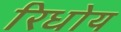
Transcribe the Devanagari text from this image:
रिधोय